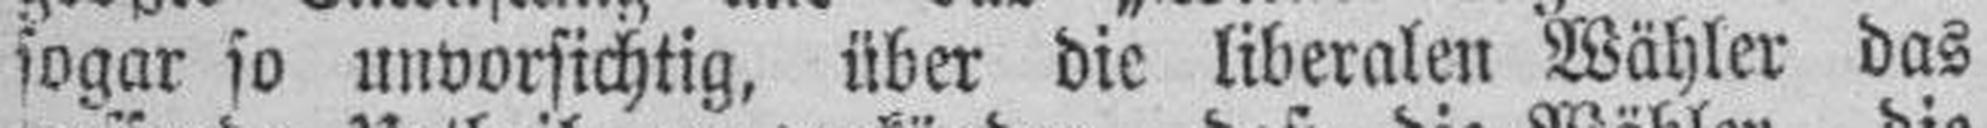
sogar so unvorsichtig, über die liberalen Wähler das